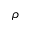
\rho